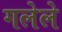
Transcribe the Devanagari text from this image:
गलेले